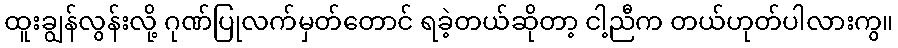
ထူးချွန်လွန်းလို့ ဂုဏ်ပြုလက်မှတ်တောင် ရခဲ့တယ်ဆိုတာ့ ငါ့ညီက တယ်ဟုတ်ပါလားကွ။